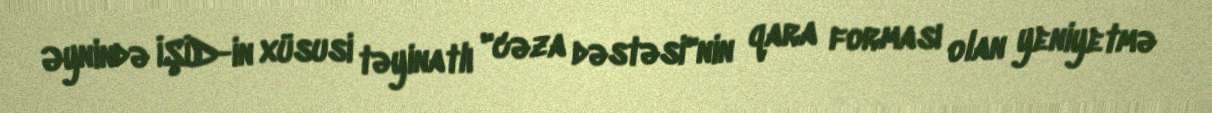
Əynində İŞİD-in xüsusi təyinatlı "cəza dəstəsi"nin qara forması olan yeniyetmə